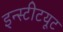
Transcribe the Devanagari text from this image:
इन्‍स्‍टीटयूट